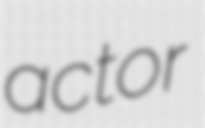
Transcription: actor